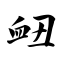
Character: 衄